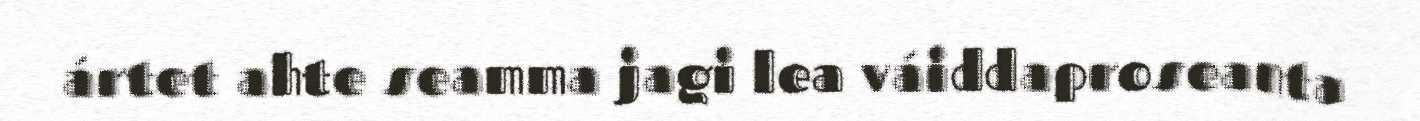
ártet ahte seamma jagi lea váiddaproseanta